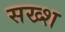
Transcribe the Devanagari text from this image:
सख्श